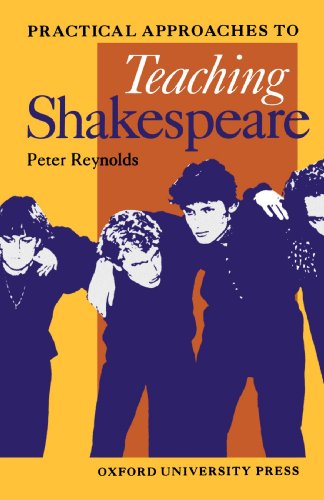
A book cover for Practical Approaches to Teaching Shakespeare (Oxford School Shakespeare Series); Peter Reynolds; Literature & Fiction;